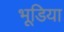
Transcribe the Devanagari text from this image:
भूडि़या